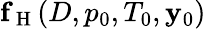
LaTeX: \mathbf{f}_{\mathrm{~H~}}(D,p_{0},T_{0},\mathbf{y}_{0})